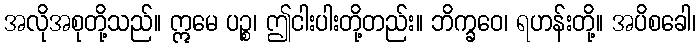
အလိုအစုတို့သည်။ ဣမေ ပဉ္စ၊ ဤငါးပါးတို့တည်း။ ဘိက္ခဝေ၊ ရဟန်းတို့။ အပိစခေါ၊